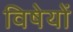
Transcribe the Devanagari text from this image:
विषेयों